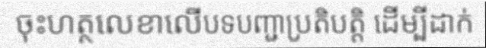
ចុះហត្ថលេខាលើបទបញ្ជាប្រតិបត្តិ ដើម្បីដាក់